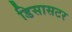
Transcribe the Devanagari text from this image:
डिसासटर